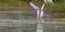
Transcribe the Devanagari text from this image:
पोद्दर